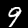
Digit: 9